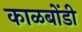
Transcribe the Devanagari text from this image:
काळबोंडी